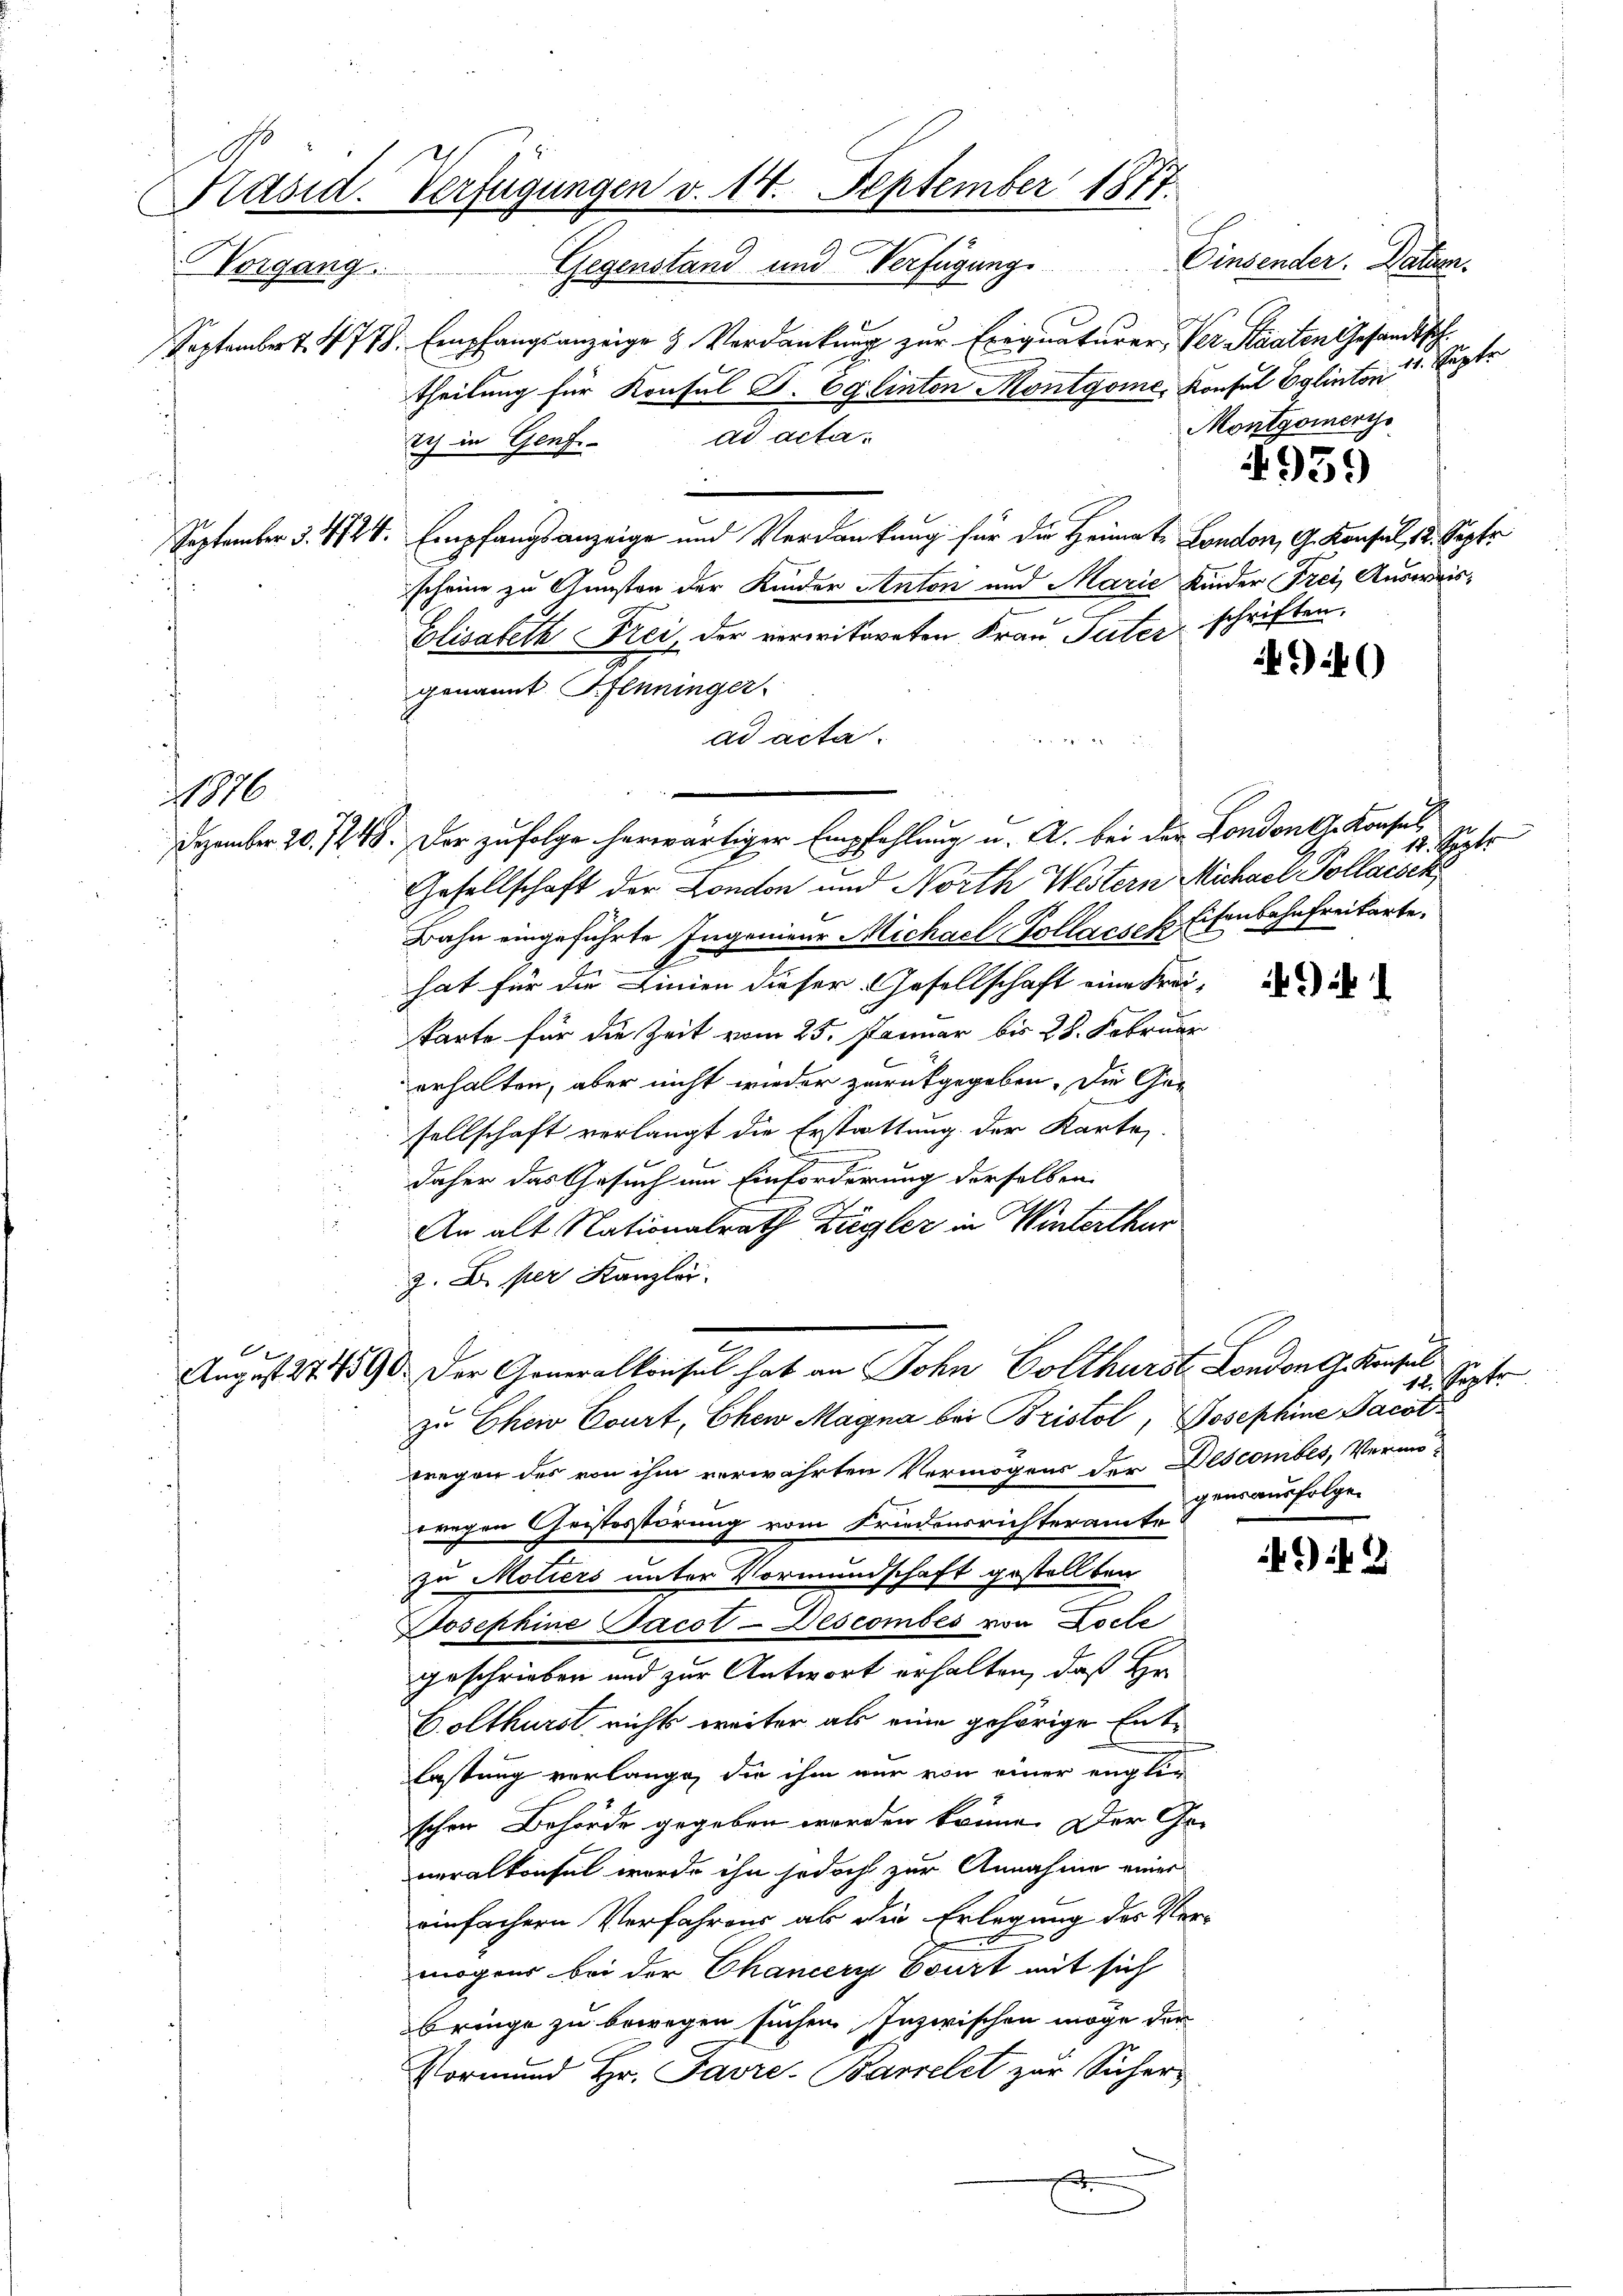
Käsid. Verfügungen v. 14. September 1877.
Einsender. Datum.
Norgang. Gegenstand und Verfügung

16

Dezember 20. 1248. Der zufolge herwärtiger Empfehlung u. A. bei der London dh. Konsul
Gesellschaft der London und North Western Michael Pollacsek
Bahn eingeführte Ingenieur Michael Pollarsch Eisenbahnfreikarte.
hat für die Linien dieser Gesellschaft eine Frei-
karte für die Zeit vom 25. Januar bis 28. Februar
erhalten, aber nicht wieder zurückgegeben. Die Gesellschaft verlangt die Erstattung der Kartes
daher das Gesuch um Einforderung derselben
An alt Nationalrath Zugler in Winterthur
2. X. per Kanzlei.
zu Ehew Court, Ehew Magna bei Bristol, Josephine Jacot
wregen des von ihm verwahrten Vermögens der Descombés, Vermöwegen Geistesstörung vom Friedensrichteramte
zu Motiers unter Vormundschaft gestellten
Josephine Jacot-Descombés von Locle
geschrieben und zur Antwort erhalten, daß Hr.
Bolthurst nichts weiter als eine gehörige Entlastung verlange, die ihm nur von einer englic
schen Behörde gegeben worden könne. Der Generalkonseil wurde ihn jedoch zur Annahme einer
einfachern Verfahrens ab die Erlegung des Ver-
mögens bei der Chancery Court mit sich
bringe zu bewegen suchen. Inzwischen möge der
Vormund Hr. Favre-Barcelet zur Sicher
F

Septembert. 4778. Empfangsanzeige & Verdankung zur Exegnaturer, Ver- Staaten Gesandtschtheilung für Konsul F. Eglinten Montgome. Konsul Eglinton
ad acta.
ich in Genf
September 3. 472. Empfangsanzeige und Verdankung für die Heimat. London, G. Konsul, 18. Septe
scheine zu Gunsten der Kinder Anton und Marie Kinder Frei Ausweis¬
Elisabeth Frei, der verwitweten Frau Suter schriften.
94)
genannt Pfenninger.
ad acta
3

August 24. 1890 der Generalkonsul hat an John Golthurst London G. Konsul

4959

v. Septe
Montgomerys

12. Septer

if 1

12. Septe
gensausfolgen

49. 3